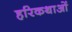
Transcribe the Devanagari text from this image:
हरिकथाओं